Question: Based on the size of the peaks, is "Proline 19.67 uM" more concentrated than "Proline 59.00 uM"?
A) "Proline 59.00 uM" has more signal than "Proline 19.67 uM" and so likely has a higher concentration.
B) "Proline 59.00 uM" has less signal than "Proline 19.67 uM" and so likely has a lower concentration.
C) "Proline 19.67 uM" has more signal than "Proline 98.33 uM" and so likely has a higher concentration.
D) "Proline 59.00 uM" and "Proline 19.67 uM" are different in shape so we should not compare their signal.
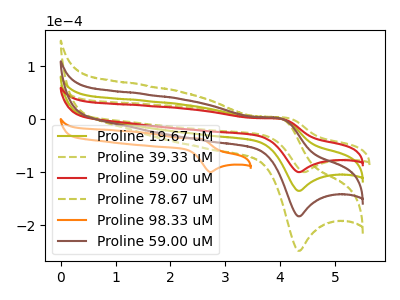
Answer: <think>The olive curve "Proline 19.67 uM" has an anodic peak at (4.00V, 1.15uA) and a cathodic peak at (4.35V, -135.25uA). The olive dashed curve "Proline 39.33 uM" has an anodic peak at (4.10V, 3.10uA) and a cathodic peak at (4.45V, -99.80uA). The red curve "Proline 59.00 uM" has an anodic peak at (4.00V, 0.85uA) and a cathodic peak at (4.35V, -99.80uA). The olive dashed curve "Proline 78.67 uM" has an anodic peak at (4.00V, 3.45uA) and a cathodic peak at (4.35V, -405.75uA). The orange curve "Proline 98.33 uM" has an anodic peak at (2.50V, -36.50uA) and a cathodic peak at (2.75V, -99.80uA). The brown curve "Proline 59.00 uM" has an anodic peak at (4.00V, 2.30uA) and a cathodic peak at (4.35V, -270.50uA).
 All the peaks in "Proline 59.00 uM" have a peak in "Proline 19.67 uM" at the same potential. Every peak in "Proline 59.00 uM" is lower than every peak in "Proline 19.67 uM".</think>
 <answer>B) "Proline 59.00 uM" has less signal than "Proline 19.67 uM" and so likely has a lower concentration.</answer>
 <eval>B</eval>